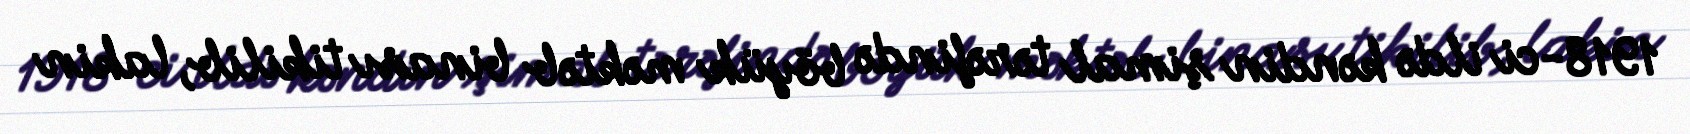
1918-ci ildə kəndin şimal tərəfində böyük məktəb binası tikilib, lakin